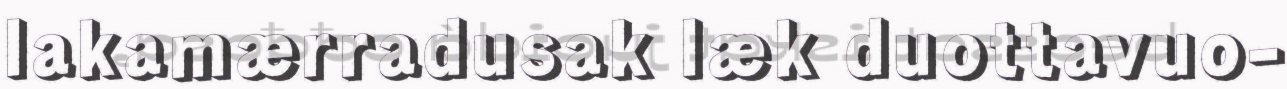
lakamærradusak læk duottavuo-